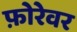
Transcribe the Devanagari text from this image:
फ़ोरेवर